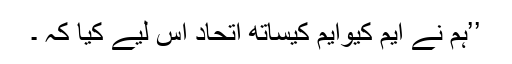
’’ہم نے ایم کیوایم کیساتھ اتحاد اس لیے کیا کہ ۔